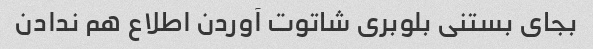
بجای بستنی بلوبری شاتوت آوردن اطلاع هم ندادن